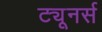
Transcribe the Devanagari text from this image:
ट्यूनर्स